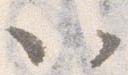
以